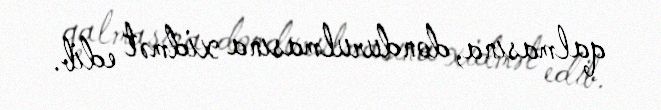
qalmasına, dondurulmasına xidmət edib.